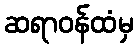
ဆရာဝန်ထံမှ